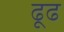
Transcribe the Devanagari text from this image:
ढूढ